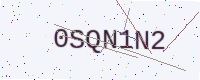
Text: 0SQN1N2